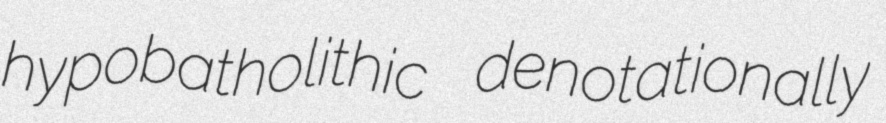
hypobatholithic denotationally